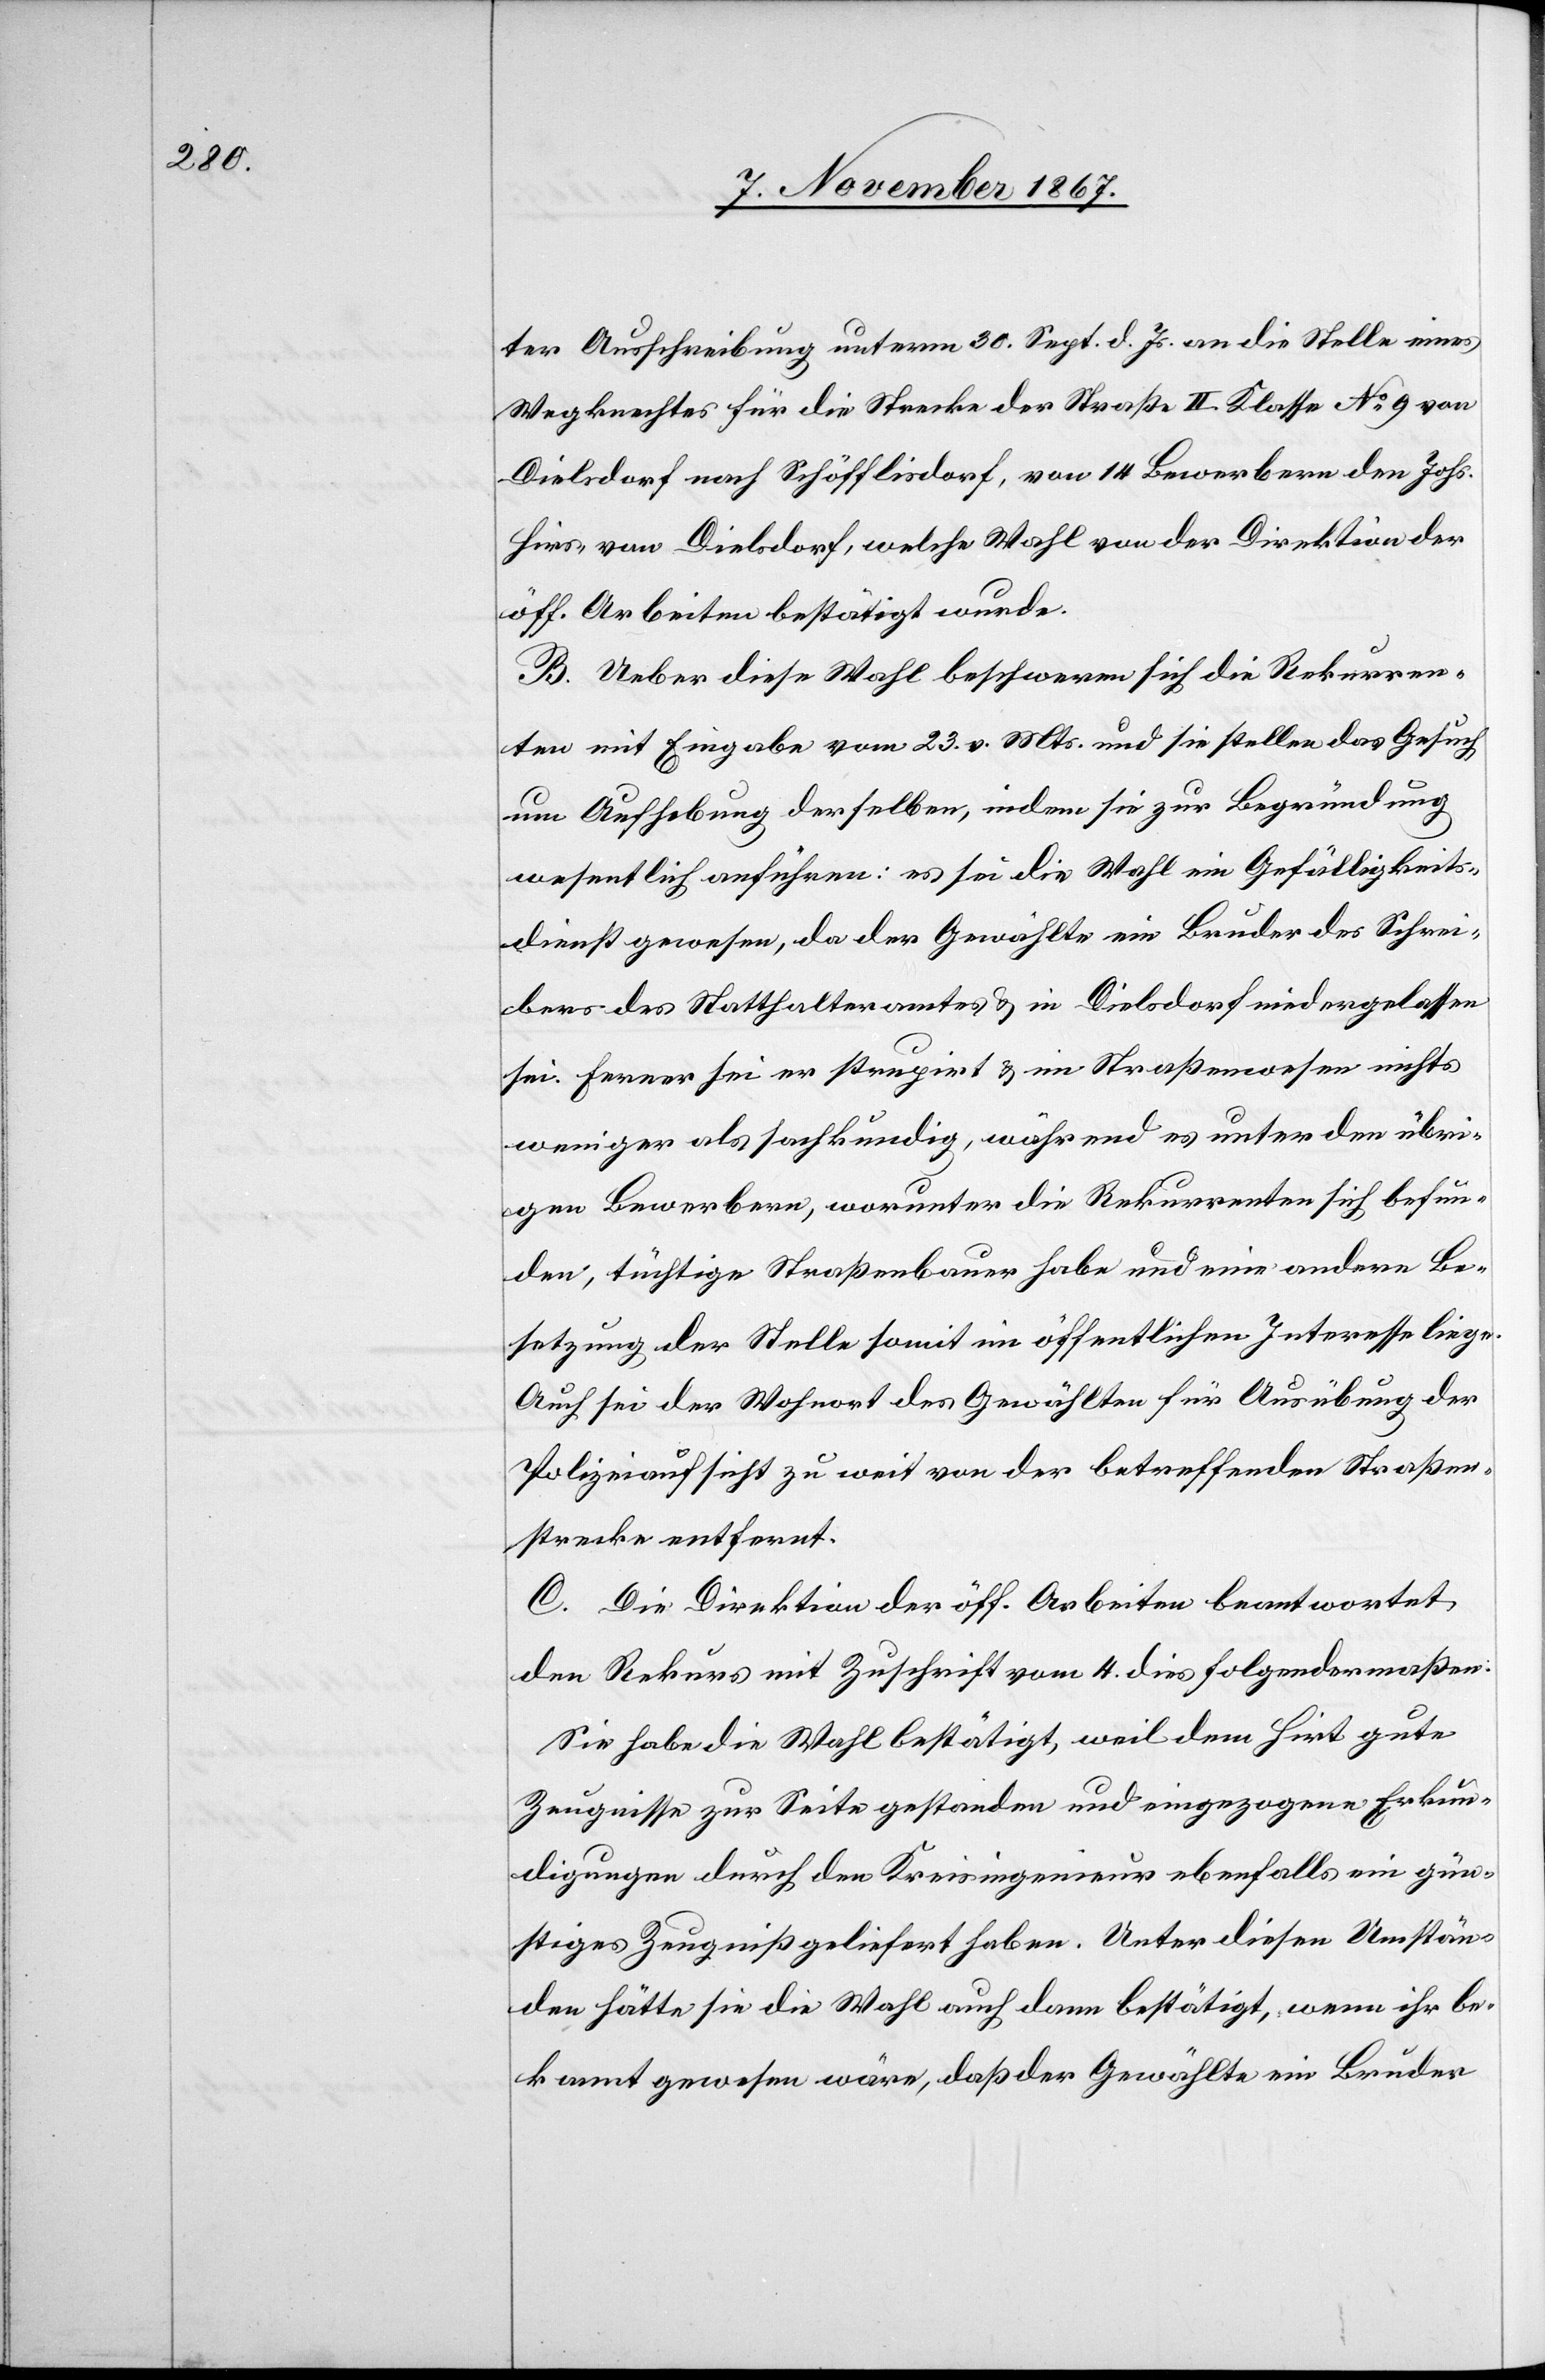
ter Ausschreibung unterm 30. Sept. d. Js. an die Stelle eines
Wegknechtes für die Strecke der Straße II. Klasse No 9 von
Dielsdorf nach Schöfflisdorf, von 14 Bewerbern den Johs.
Hirs von Dielsdorf, welche Wahl von der Direktion der
öff. Arbeiten bestätigt wurde.
B. Ueber diese Wahl beschweren sich die Rekurren¬
ten mit Eingabe vom 23. v. Mts. und sie stellen das Gesuch
um Aufhebung derselben, indem sie zur Begründung
wesentlich anführen: es sei die Wahl ein Gefälligkeits¬
dienst gewesen, da der Gewählte ein Bruder des Schrei¬
bers des Statthalteramtes u. in Dielsdorf niedergelassen
sei. Ferner sei er strupirt u. im Straßenwesen nichts
weniger als sachkundig, während es unter den übri¬
gen Bewerbern, worunter die Rekurrenten sich befin¬
den, tüchtige Straßenbauer habe und eine andere Be¬
setzung der Stelle somit im öffentlichen Interesse liege.
Auch sei der Wohnort des Gewählten für Ausübung der
Polizeiaufsicht zu weit von der betreffenden Straßen¬
strecke entfernt.
C. Die Direktion der öff. Arbeiten beantwortet
den Rekurs mit Zuschrift vom 4. dies folgendermaßen:
Sie habe die Wahl bestätigt, weil dem Hirt
Zeugnisse zur Seite gestanden und eingezogene Erkun¬
digungen durch den Kreisingenieur ebenfalls ein gün¬
stiges Zeugniß geliefert haben. Unter diesen Umstän¬
den hätte sie die Wahl auch dann bestätigt, wenn ihr be¬
kannt gewesen wäre, daß der Gewählte ein Bruder